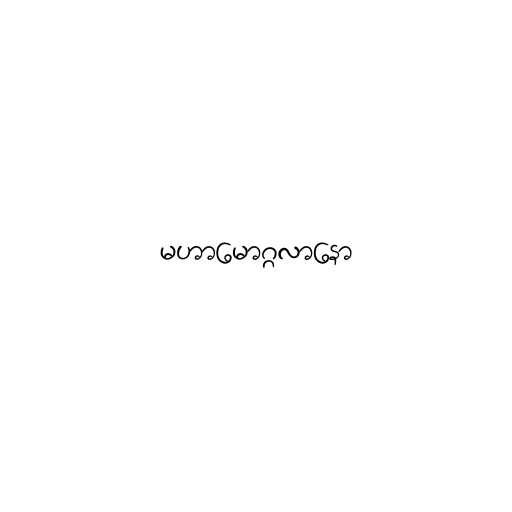
မဟာမောဂ္ဂလာနော